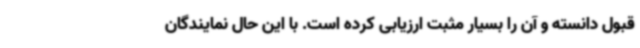
قبول دانسته و آن را بسیار مثبت ارزیابی کرده است. با این حال نمایندگان